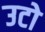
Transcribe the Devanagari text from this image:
उटो